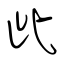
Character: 此